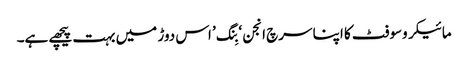
مائیکروسوفٹ کا اپنا سرچ انجن ‘بِنگ’ اس دوڑ میں بہت پیچھے ہے۔